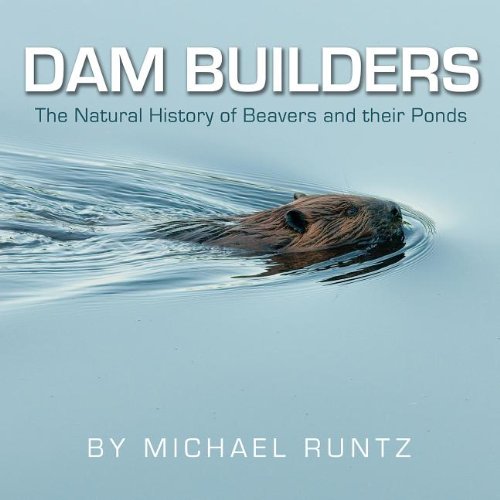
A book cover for Dam Builders: The Natural History of Beavers and their Ponds; Michael Runtz; Science & Math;